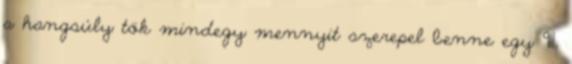
a hangsúly tök mindegy mennyit szerepel benne egy 911,